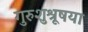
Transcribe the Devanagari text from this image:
गुरुशुश्रूषया